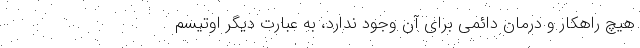
هیچ راهکار و درمان دائمی برای آن وجود ندارد، به عبارت دیگر اوتیسم